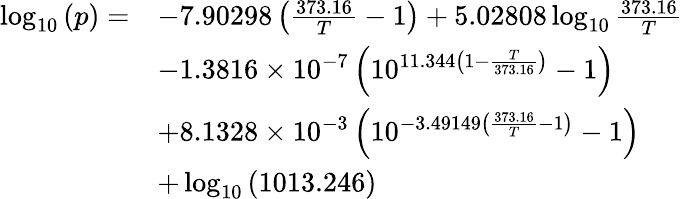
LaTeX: {\begin{array}{rl}{\log_{10}\left(p\right)=}&{-7.90298\left({\frac{373.16}{T}}-1\right)+5.02808\log_{10}{\frac{373.16}{T}}}\\ &{-1.3816\times 10^{-7}\left(10^{11.344\left(1-{\frac{T}{373.16}}\right)}-1\right)}\\ &{+8.1328\times 10^{-3}\left(10^{-3.49149\left({\frac{373.16}{T}}-1\right)}-1\right)}\\ &{+\log_{10}\left(1013.246\right)}\end{array}}